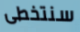
سنتخطى